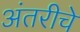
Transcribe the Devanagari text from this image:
अंतरीचे